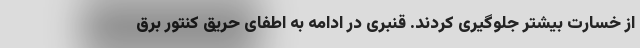
از خسارت بیشتر جلوگیری کردند. قنبری در ادامه به اطفای حریق کنتور برق